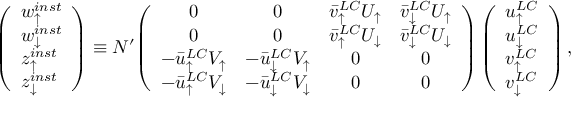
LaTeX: \left( \begin{array} { l } { { w _ { \uparrow } ^ { i n s t } } } \\ { { w _ { \downarrow } ^ { i n s t } } } \\ { { z _ { \uparrow } ^ { i n s t } } } \\ { { z _ { \downarrow } ^ { i n s t } } } \end{array} \right) \equiv N ^ { \prime } { \left( \begin{array} { c c c c } { { 0 } } & { { 0 } } & { { \bar { v } _ { \uparrow } ^ { L C } U _ { \uparrow } } } & { { \bar { v } _ { \downarrow } ^ { L C } U _ { \uparrow } } } \\ { { 0 } } & { { 0 } } & { { \bar { v } _ { \uparrow } ^ { L C } U _ { \downarrow } } } & { { \bar { v } _ { \downarrow } ^ { L C } U _ { \downarrow } } } \\ { { - \bar { u } _ { \uparrow } ^ { L C } V _ { \uparrow } } } & { { - \bar { u } _ { \downarrow } ^ { L C } V _ { \uparrow } } } & { { 0 } } & { { 0 } } \\ { { - \bar { u } _ { \uparrow } ^ { L C } V _ { \downarrow } } } & { { - \bar { u } _ { \downarrow } ^ { L C } V _ { \downarrow } } } & { { 0 } } & { { 0 } } \end{array} \right) } \left( \begin{array} { l } { { u _ { \uparrow } ^ { L C } } } \\ { { u _ { \downarrow } ^ { L C } } } \\ { { v _ { \uparrow } ^ { L C } } } \\ { { v _ { \downarrow } ^ { L C } } } \end{array} \right) ,